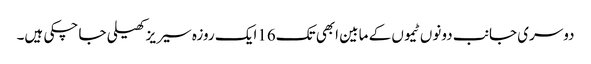
دوسری جانب دونوں ٹیموں کے مابین ابھی تک16ایک روزہ سیر یز کھیلی جا چکی ہیں۔